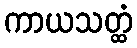
ကာယသတ္ထံ